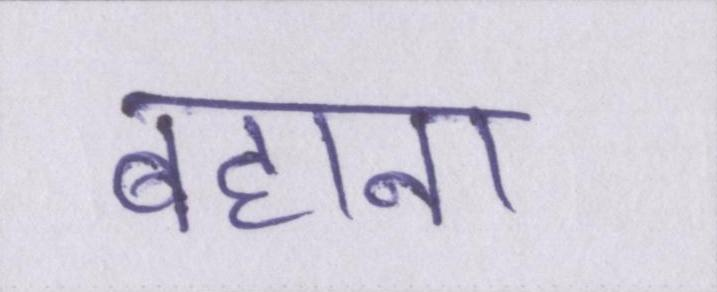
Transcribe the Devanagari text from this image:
बहाना